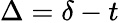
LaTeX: \Delta=\delta-t